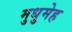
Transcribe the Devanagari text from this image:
मुधुमेह